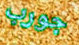
جورب